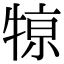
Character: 𤚒